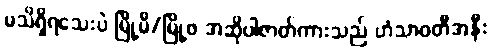
မသိရှိရသေးပဲ မြို့မိ/မြို့ဖ အဆိုပါဇာတ်ကားသည် ဟံသာဝတီအနီး